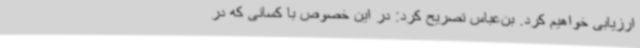
ارزیابی خواهیم کرد. بن‌عباس تصریح کرد: در این خصوص با کسانی که در